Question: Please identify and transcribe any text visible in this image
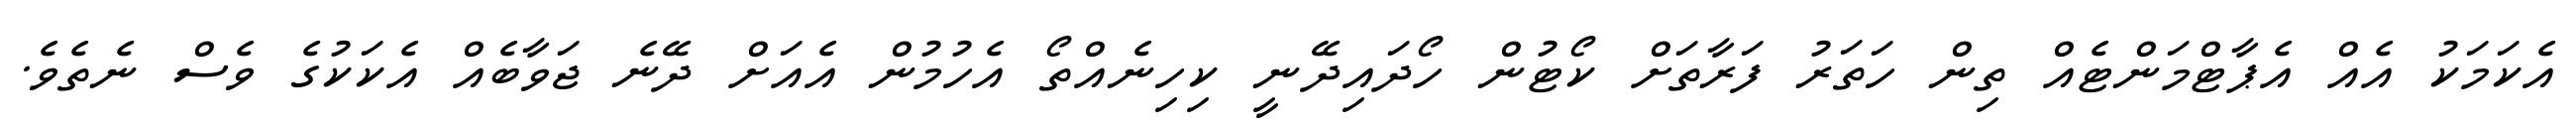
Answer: އެކަމަކު އެއް އެޕާޓްމަންޓެއް ތިން ހަތަރު ފަރާތަށް ކޯޓުން ހޯދައިދޭނީ ކިހިނެއްތޯ އެހުމުން އެއަށް ދޭނެ ޖަވާބެއް އެކަކުގެ ވެސް ނެތެވެ.